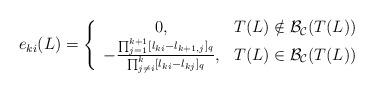
LaTeX: \begin{align*}e_{ki}(L)=\left\{\begin{array}{cc}0,& T(L)\notin \mathcal {B}_{\mathcal{C}}(T(L))\\-\frac{\prod_{j=1}^{k+1}[l_{ki}-l_{k+1,j}]_q}{\prod_{j\neq i}^{k}[l_{ki}-l_{kj}]_q},& T(L)\in \mathcal {B}_{\mathcal{C}}(T(L))\end{array}\right.\end{align*}